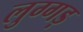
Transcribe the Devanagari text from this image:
लुग्गड़